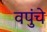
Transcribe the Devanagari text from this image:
वपुंचे